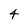
Character: 4